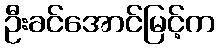
ဦးခင်အောင်မြင့်က